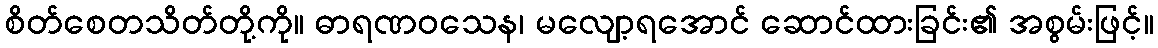
စိတ်စေတသိတ်တို့ကို။ ဓာရဏဝသေန၊ မလျော့ရအောင် ဆောင်ထားခြင်း၏ အစွမ်းဖြင့်။